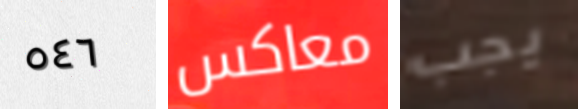
٥٤٦ معاكس يجب